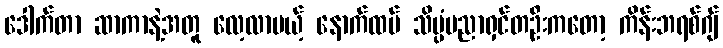
ဒေါက်တာ ဆာကာနဲ့အတူ လေ့လာမယ့် နောက်ထပ် သိပ္ပံပညာရှင်တဦးကတော့ ကိန်းဘရစ်ဂျ်